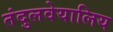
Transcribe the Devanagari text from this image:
तंदुलवेयालिय